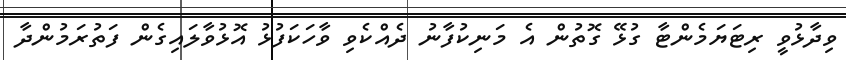
ވިދާޅުވީ ރިޓަޔަމެންޓާ ގުޅޭ ގޮތުން އެ މަނިކުފާނު ދެއްކެވި ވާހަކަފުޅު އޮޅުވާލައިގެން ފަތުރަމުންދާ